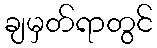
ချမှတ်ရာတွင်